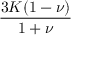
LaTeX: \frac { 3 K ( 1 - \nu ) } { 1 + \nu }